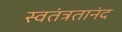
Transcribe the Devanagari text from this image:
स्वतंत्रतानंद